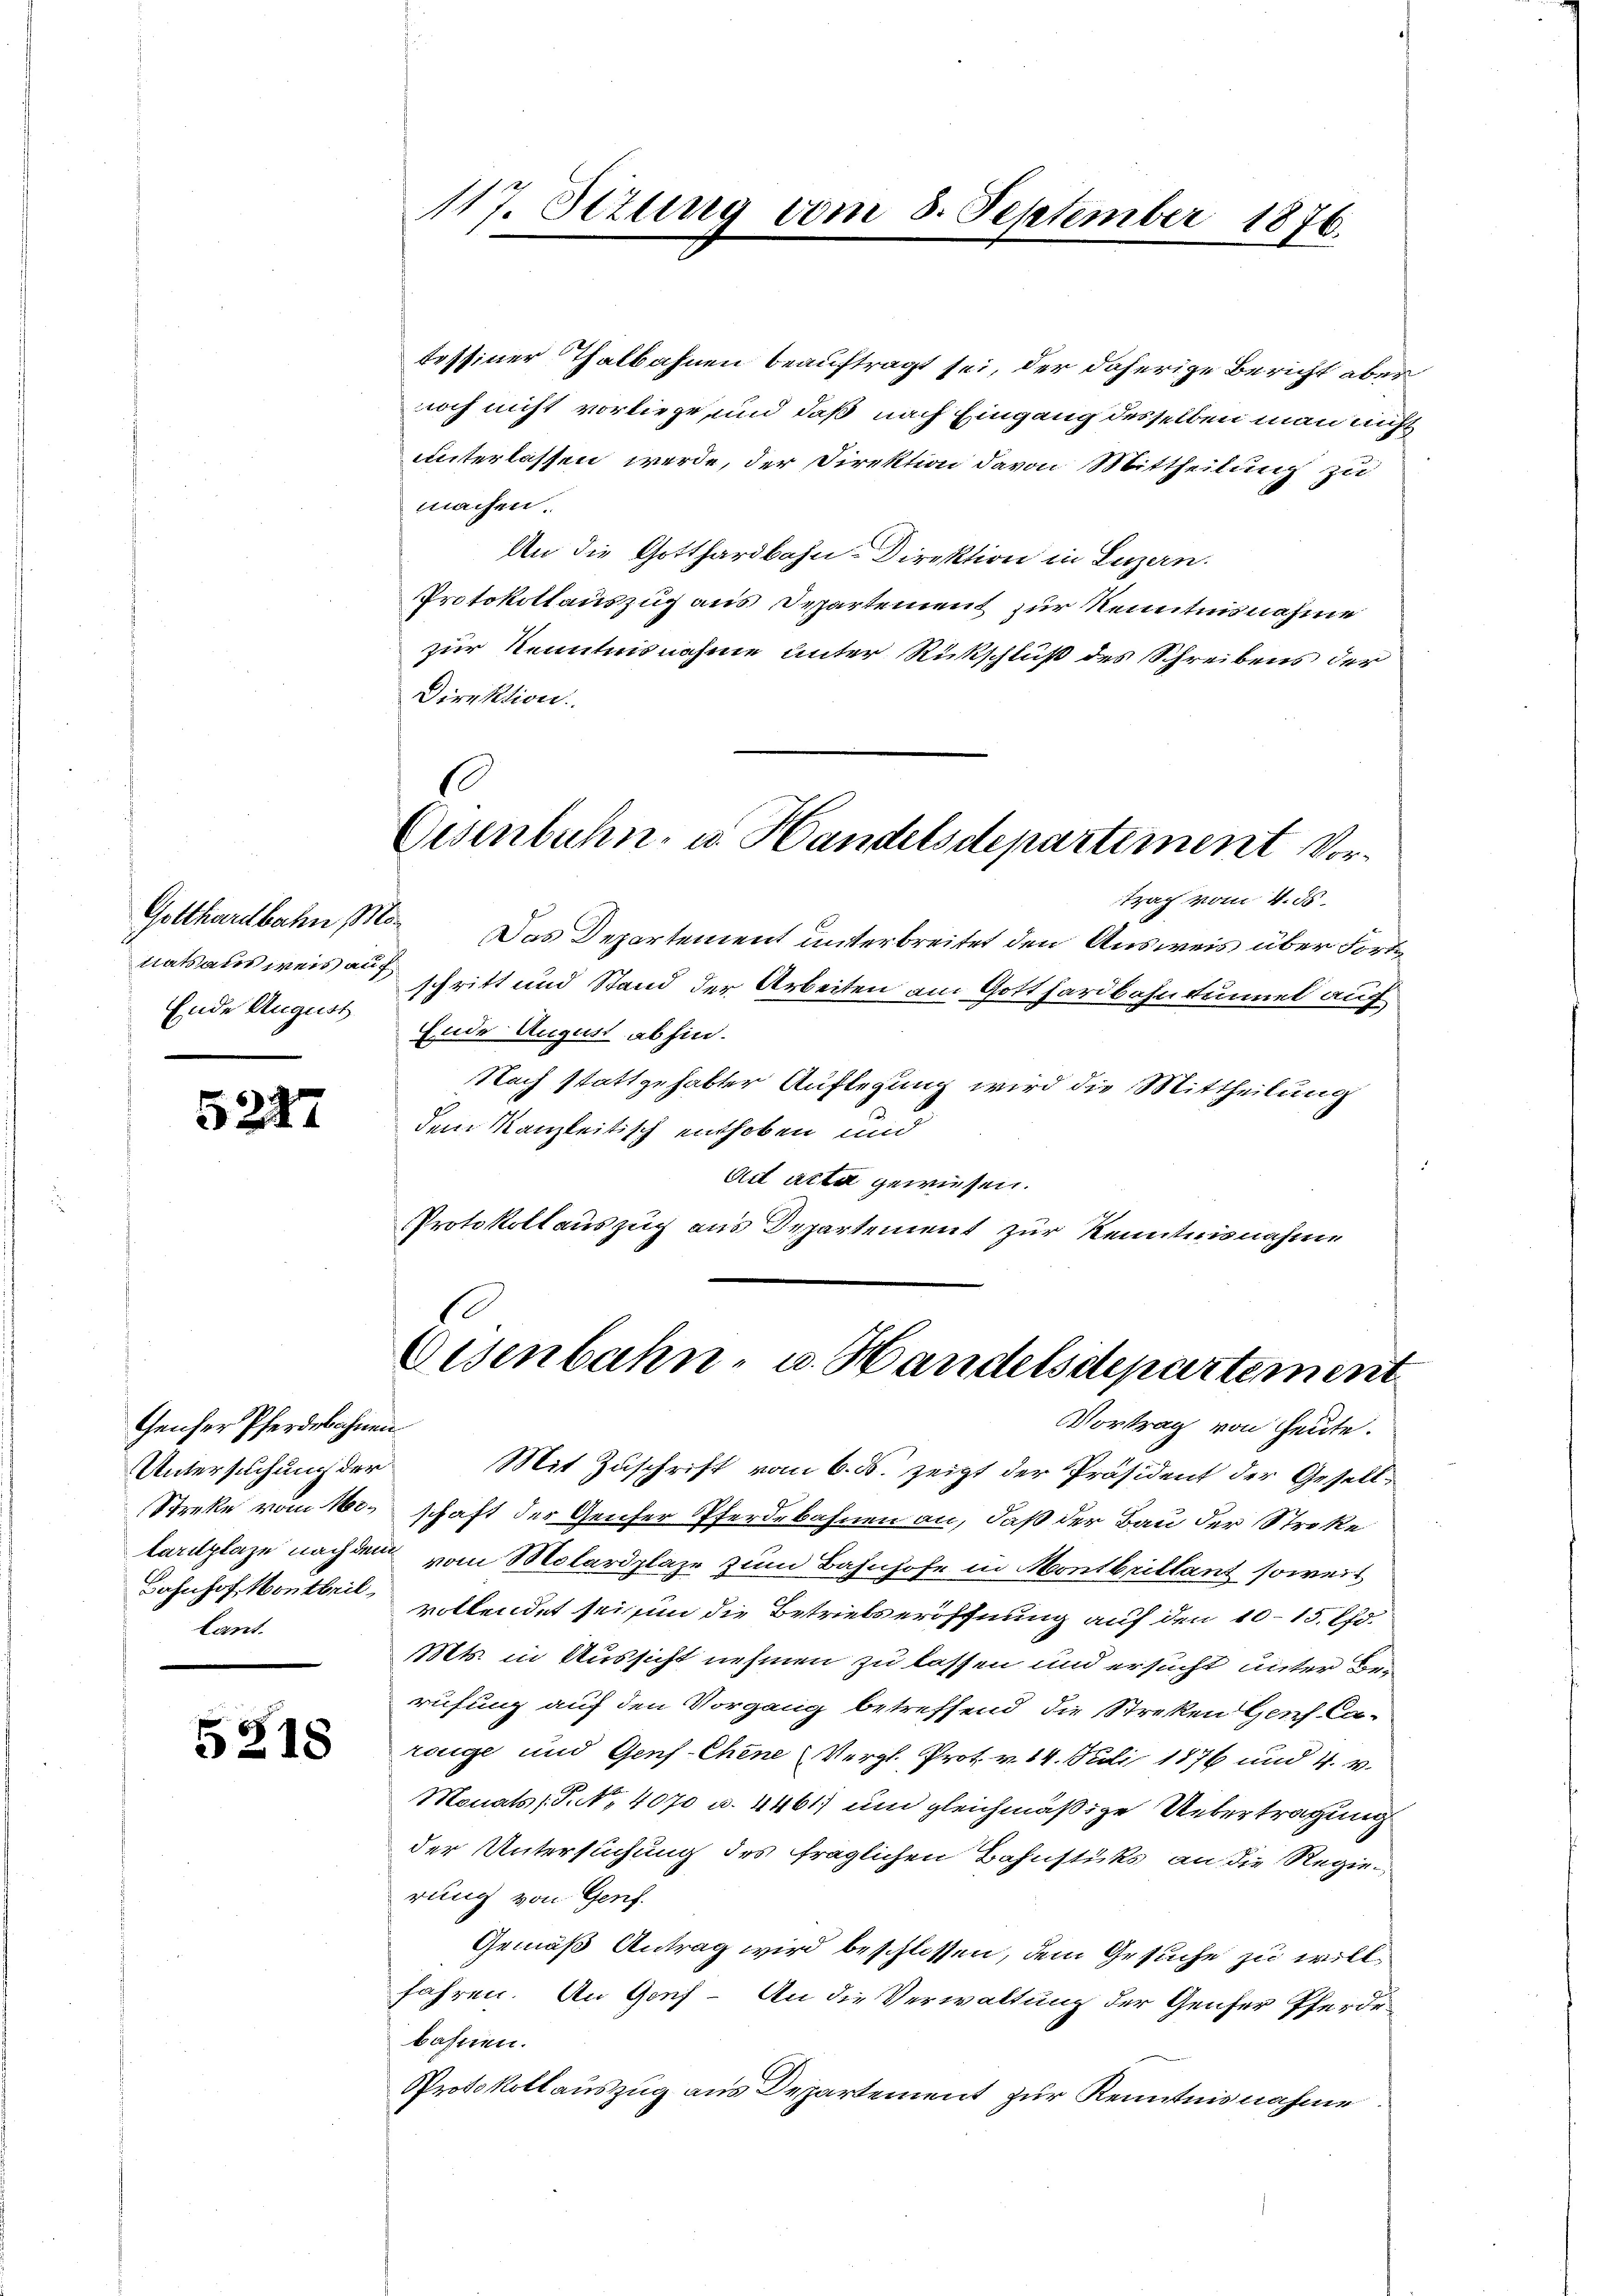
Ende August

5247

Gencher Pferdebahnen.
Untersuchung der
Bahnhof Montbril,
lant.

5218

117. Ottung vom 8. September 1876.

tessiner Thalbahnen beauftragt sei, der daherige Bericht aber
noch nicht vorliege und daß nach Eingang desselben man nicht
unterlassen werde, der Direktion davon Mittheilung zu
machen.
An die Gotthardbahn-Direktion in Luzern.
Protokollauszug aus Departement zur Kenntnisnahme
zur Kenntnisnahme unter Rückschluß des Schreibens der
Direktion
1
Gisenbahn- u. Handelsdepartement Vortrag vom 4. ds.
Gotthardbahn 1. Das Departement unterbreitet den Ausweis über Fortnatsausweisschritt und Stand der Arbeiten am Gotthardbahntunnel auf
Ende August abhin.
Nach stattgehabter Auflegung wird die Mittheilung
dem Kanzleitisch enthoben und
Ad acta gewiesen.
Protokollauszug aus Departement zur Kenntnisnahme

Eisenbahn- u. Handelsdepartement

Mit Zuschrift vom 6. ds. zeigt der Präsident der Gesell¬

Vortrag von heute.
Streke vom 16.schaft der Genfer Pferdebahnen an, daß der Bau der Streke
tardplaze nachdem vom Molardplaze zum Bahnhofe in Montbrillant soweit
vollendet sei un die Betriebseröffnung auf den 10–15 Pfd.
Mts. in Aussicht nehmen zu lassen und ersucht unter Berufung auf den Vorgang betreffend die Streken Genf Careuge und Genf-Chene Vergl. Prot. v. 14. Juli 1876 und 4. v.
Monats (S. 4070 u. 4461, um gleichmäßige Uebertragung
der Untersuchung des fraglichen Bahnstüks an die Regierung von Genf.
Gemäß Antrag wird beschlossen, dem Gesuche zu willfahren. An Gonf- An die Verwaltung der Genfer Pferdebahnen.
Protokollauszug aus Departement zur Kenntnisnahme